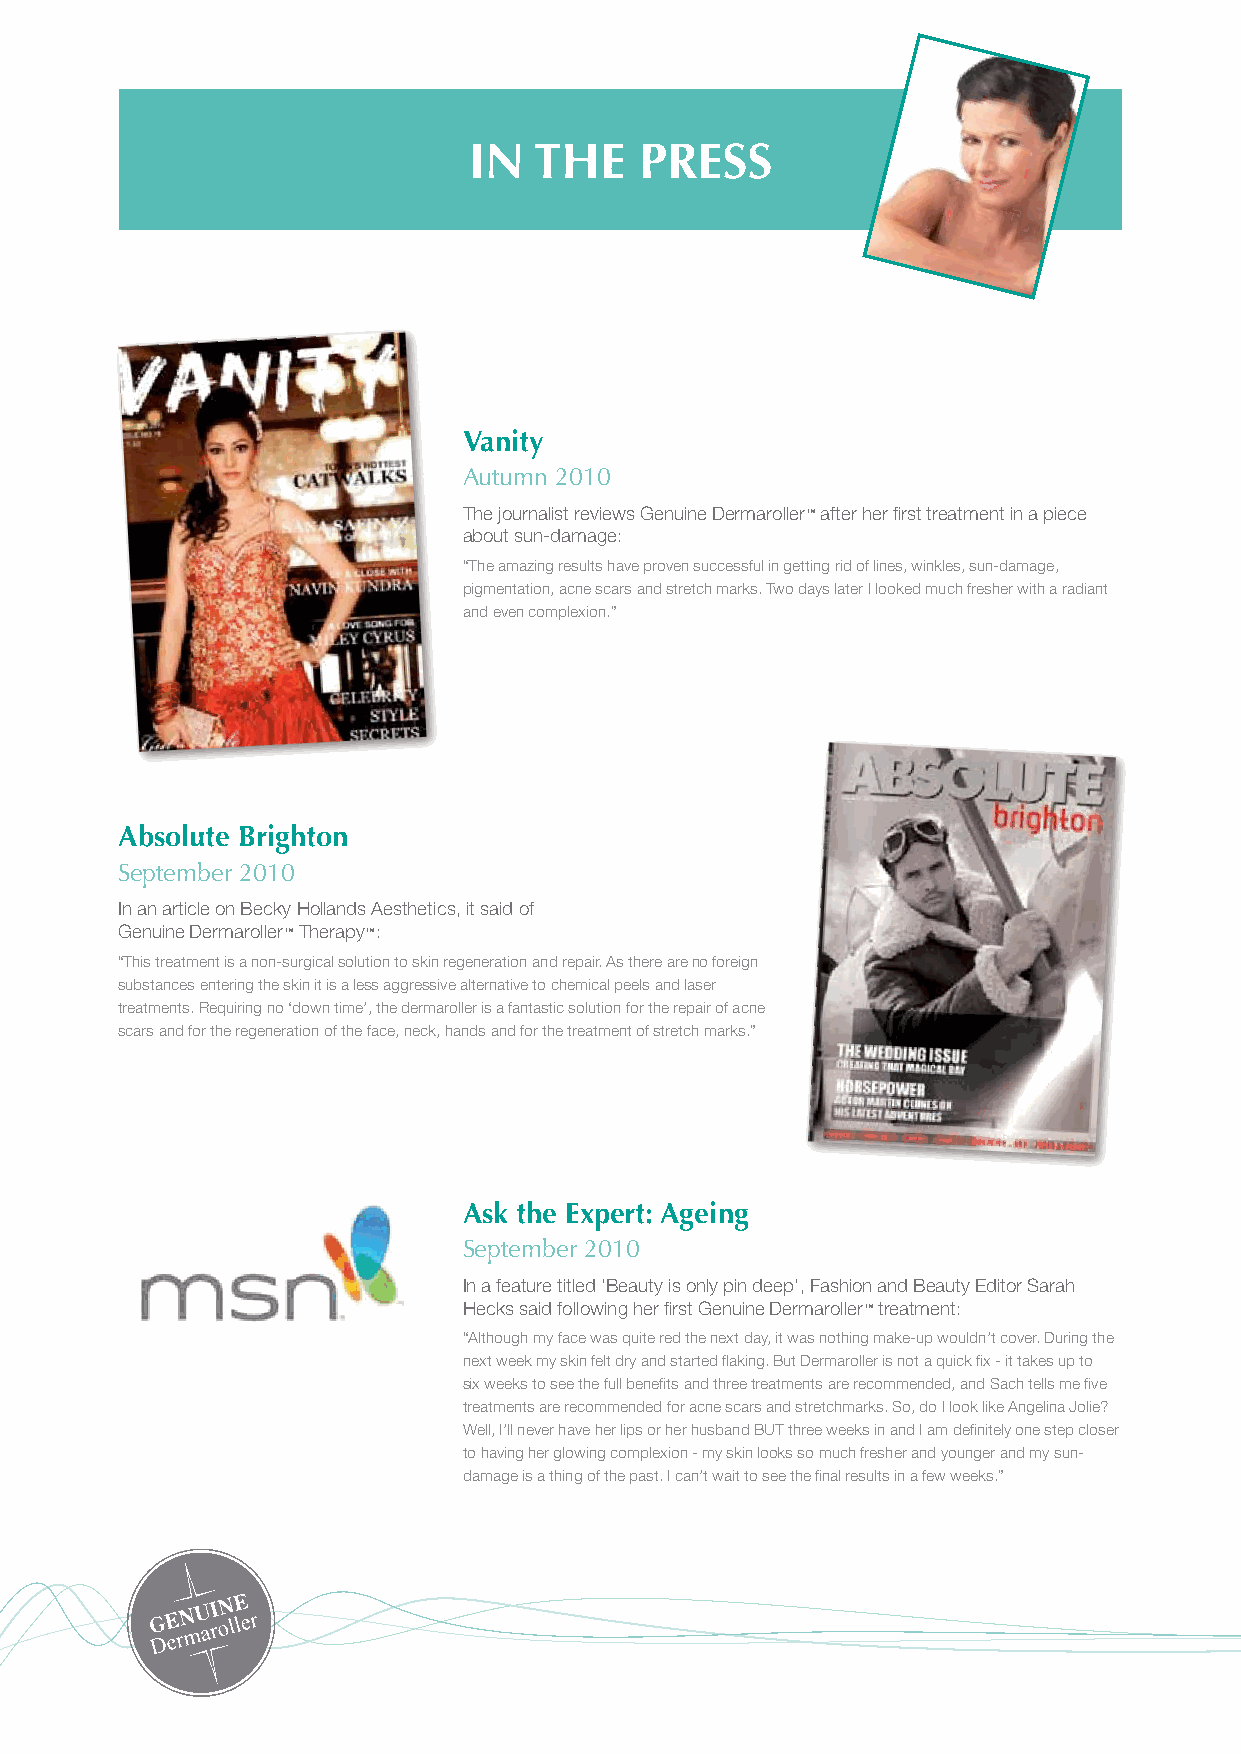
In  the    Press
 Vanity
 Autumn 2010
 The journalist reviews Genuine Dermaroller™ after her first treatment in a piece
 about sun-damage:
 “The amazing results have proven successful in getting rid of lines, winkles, sun-damage,
 pigmentation, acne scars and stretch marks. Two days later I looked much fresher with a radiant
 and even complexion.”
 Absolute Brighton
 September 2010
 In an article on Becky Hollands Aesthetics, it said of
 Genuine Dermaroller™ Therapy™:
 “This treatment is a non-surgical solution to skin regeneration and repair. As there are no foreign
 substances entering the skin it is a less aggressive alternative to chemical peels and laser
 treatments. Requiring no ‘down time’, the dermaroller is a fantastic solution for the repair of acne
 scars and for the regeneration of the face, neck, hands and for the treatment of stretch marks.”
 Ask the expert: Ageing
 September 2010
 In a feature titled ‘Beauty is only pin deep’, Fashion and Beauty Editor Sarah
 Hecks said following her first Genuine Dermaroller™ treatment:
 “Although my face was quite red the next day, it was nothing make-up wouldn’t cover. During the
 next week my skin felt dry and started flaking. But Dermaroller is not a quick fix - it takes up to
 six weeks to see the full benefits and three treatments are recommended, and Sach tells me five
 treatments are recommended for acne scars and stretchmarks. So, do I look like Angelina Jolie?
 Well, I’ll never have her lips or her husband BUT three weeks in and I am definitely one step closer
 to having her glowing complexion - my skin looks so much fresher and younger and my sun-
 damage is a thing of the past. I can’t wait to see the final results in a few weeks.”